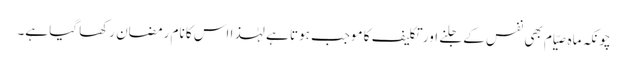
چونکہ ماہِ صیّام بھی نفس کے جلنے اور تکلیف کا موجب ہوتا ہے لہٰذا اس کا نام رمضان رکھا گیا ہے۔